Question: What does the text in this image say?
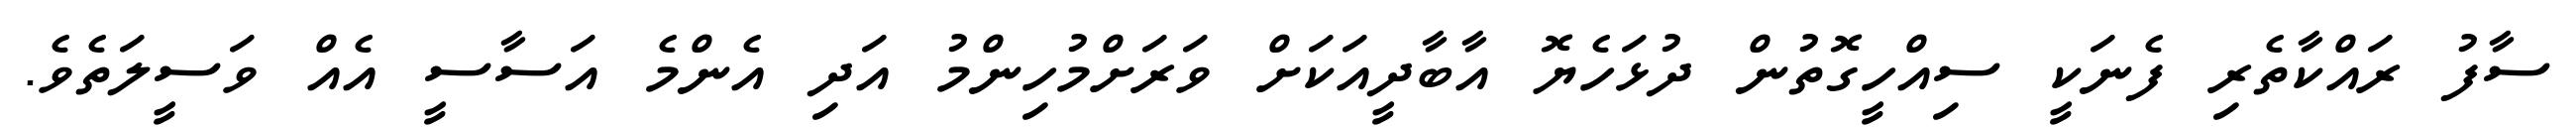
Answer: ސާފު ރައްކާތެރި ފެނަކީ ސިއްހީގޮތުން ދުޅަހެޔޮ އާބާދީއަކަށް ވަރަށްމުހިންމު އަދި އެންމެ އަސާސީ އެއް ވަސީލަތެވެ.